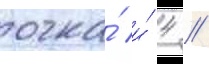
очка́ и́ 4 /